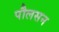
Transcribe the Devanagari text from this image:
पौलसन